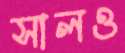
সালও